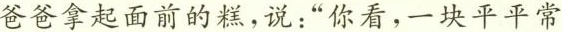
爸爸拿起面前的糕，说：”你看，一块平平常